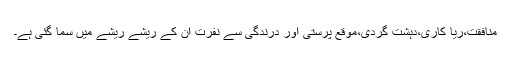
منافقت،ریا کاری،دہشت گردی،موقع پرستی اور درندگی سے نفرت ان کے ریشے ریشے میں سما گئی ہے۔